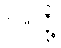
ပါလို့